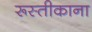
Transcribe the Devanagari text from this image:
रूस्तीकाना